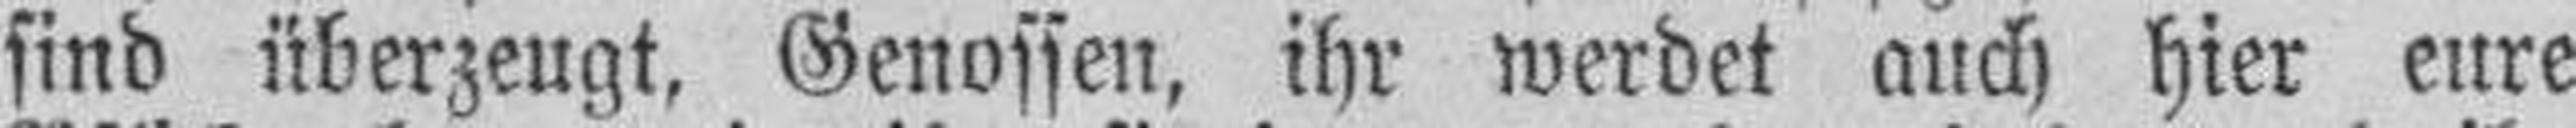
sind überzeugt, Genossen, ihr werdet auch hier eure